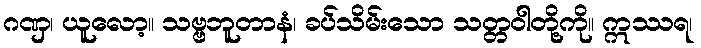
ဂဏှ၊ ယူလော့။ သဗ္ဗဘူတာနံ၊ ခပ်သိမ်းသော သတ္တဝါတို့ကို။ ဣဿရ၊